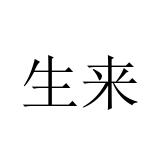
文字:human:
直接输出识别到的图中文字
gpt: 生来